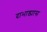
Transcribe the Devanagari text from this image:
दाभाड्यास